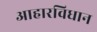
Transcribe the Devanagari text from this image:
आहारविधान